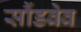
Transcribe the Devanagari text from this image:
सौंडवेव